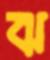
ঝ